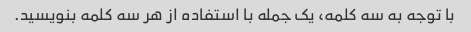
با توجه به سه کلمه، یک جمله با استفاده از هر سه کلمه بنویسید.